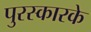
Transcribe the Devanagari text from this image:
पुरस्कारके